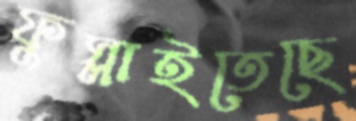
ফুস্‌লাইতেছে